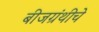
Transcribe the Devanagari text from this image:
बीजग्रंथीचे